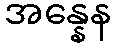
အန္နေန